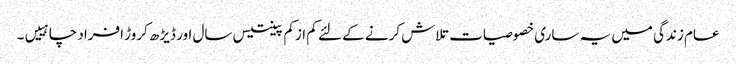
عام زندگی میں یہ ساری خصوصیات تلاش کرنے کے لئے کم ازکم پینتیس سال اور ڈیڑھ کروڑ افراد چاہییں۔